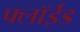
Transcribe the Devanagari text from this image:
फ्लॉईड